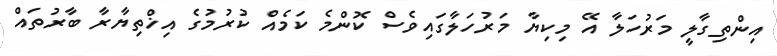
އިންތިގާލީ މަރުހަލާ އޭ މިކިޔާ މަރުހަލާގައިވެސް ކޮންމެ ކަމެއް ކުރުމުގެ އިޚްތިޔާރާ ބާރުތައް